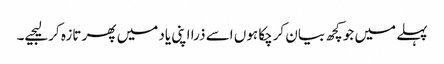
پہلے میں جو کچھ بیان کرچکا ہوں اسے ذرا اپنی یاد میں پھر تازہ کرلیجیے۔